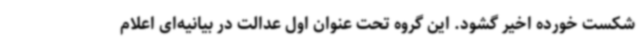
شکست خورده اخیر گشود. این گروه تحت عنوان اول عدالت در بیانیه‌ای اعلام